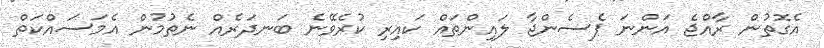
އެގޮތުން ރާއްޖެ އަންނަ ޕެސެންޖާ ލައިންތައް ކައިރި ކުރެވޭނެ ބަނދަރެއް ނެތުމުން އެމަސައްކަތް